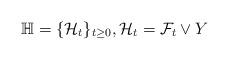
LaTeX: \begin{align*} \mathbb{H}= \{ \mathcal{H}_t\}_{t \geq 0}, \mathcal{H}_t = \mathcal{F}_t \vee Y\end{align*}